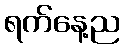
ရက်နေ့ည